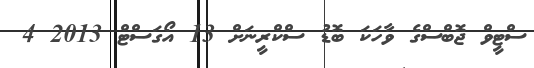
ސްޓީވް ޖޮބްސްގެ ވާހަކަ ބޮޑު ސްކްރީނަށް 13 އޯގަސްޓް 2013 4